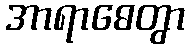
အာရာဓေတွာ